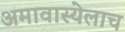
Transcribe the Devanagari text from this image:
अमावास्येलाच